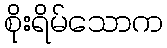
စိုးရိမ်သောက